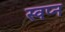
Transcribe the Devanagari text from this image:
स्वप्‍न